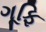
ગૂફિ